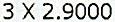
3 X 2.9000